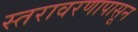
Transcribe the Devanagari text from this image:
स्तरावरणापासून